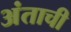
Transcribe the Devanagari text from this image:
अंताची